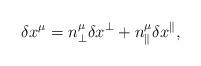
LaTeX: \begin{align*}\delta x^\mu=n^\mu_\perp\delta x^\perp+n^\mu_\parallel\delta x^\parallel,\end{align*}